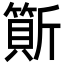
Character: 𣃇